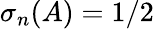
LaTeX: \sigma_{n}(A)=1/2